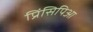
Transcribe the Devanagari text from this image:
प्रिंसिपिआ